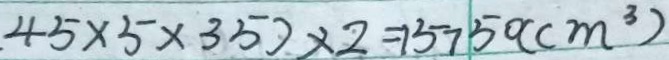
. 4 5 \times 5 \times 3 5 ) \times 2 = 1 5 7 5 0 ( c m ^ { 3 } )